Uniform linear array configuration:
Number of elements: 4
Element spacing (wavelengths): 0.25
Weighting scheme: hamming
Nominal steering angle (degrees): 45
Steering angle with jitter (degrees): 46.911
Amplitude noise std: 0.05
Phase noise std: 0.05

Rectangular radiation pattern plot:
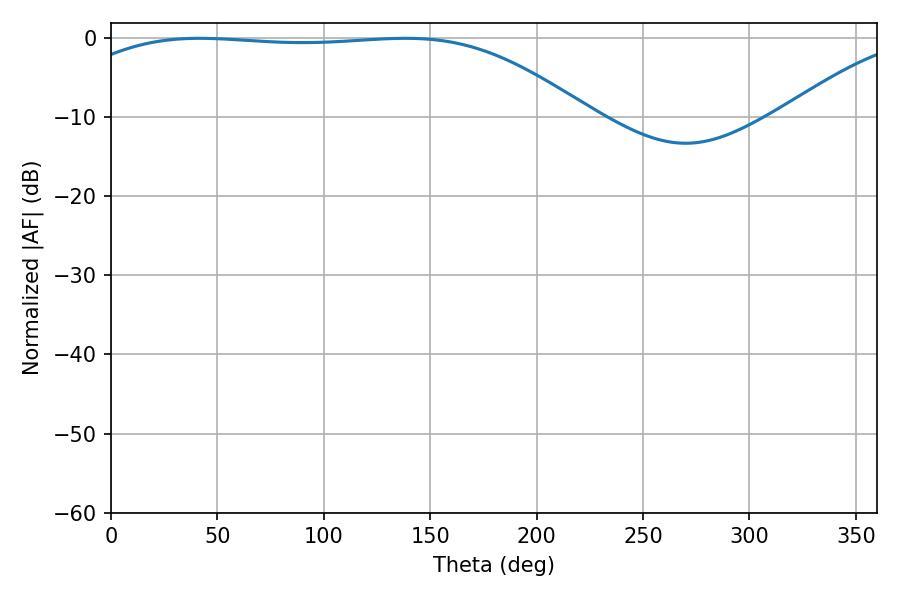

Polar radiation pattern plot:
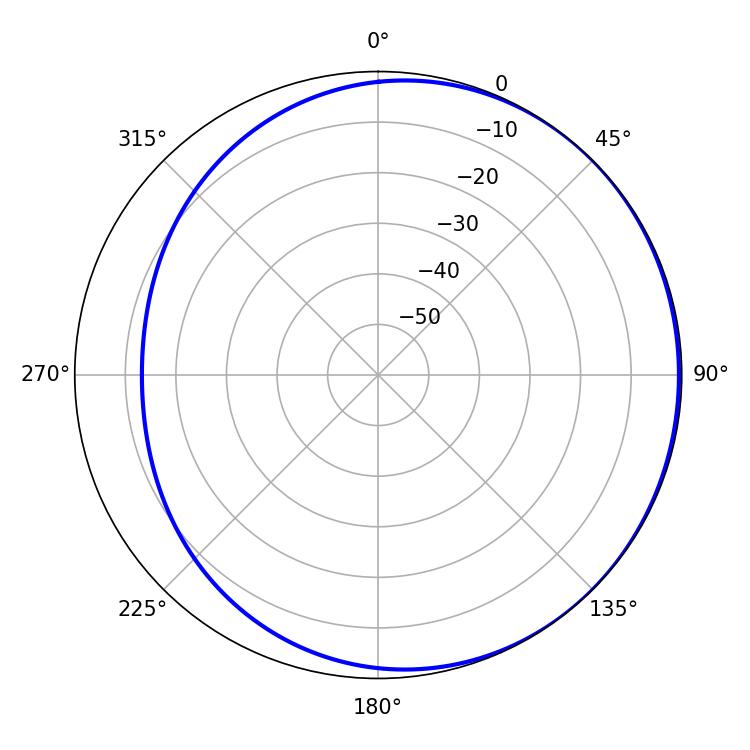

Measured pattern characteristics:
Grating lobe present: FALSE
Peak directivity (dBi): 0.9311
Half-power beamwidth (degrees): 188.1
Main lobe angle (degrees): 41.58